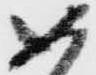
如